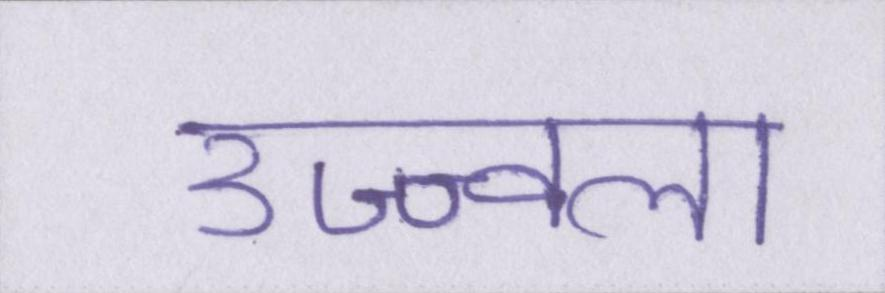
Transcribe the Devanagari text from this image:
उज्ज्वला